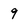
Character: 9